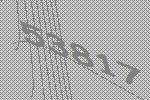
53817